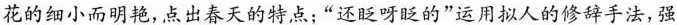
花的细小而明艳,点出春天的特点:“还眨呀眨的”运用拟人的修辞手法,强